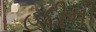
હદીની